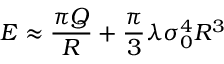
E \approx { \frac { \pi Q } { R } } + { \frac { \pi } { 3 } } \lambda \sigma _ { 0 } ^ { 4 } R ^ { 3 }